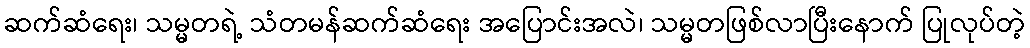
ဆက်ဆံရေး၊ သမ္မတရဲ့ သံတမန်ဆက်ဆံရေး အပြောင်းအလဲ၊ သမ္မတဖြစ်လာပြီးနောက် ပြုလုပ်တဲ့